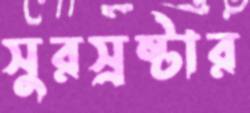
সুরস্রষ্টার